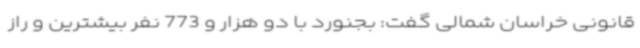
قانونی خراسان شمالی گفت: بجنورد با دو هزار و 773 نفر بیشترین و راز